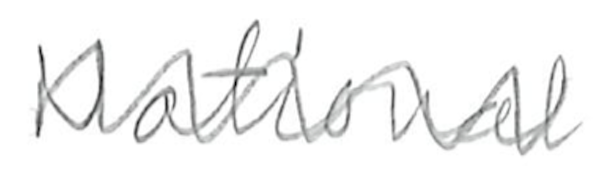
Text: National
Cross-out: zig-zag
Writing tool: pencil